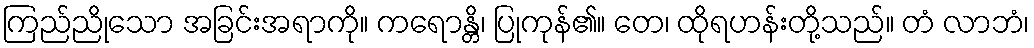
ကြည်ညိုသော အခြင်းအရာကို။ ကရောန္တိ၊ ပြုကုန်၏။ တေ၊ ထိုရဟန်းတို့သည်။ တံ လာဘံ၊